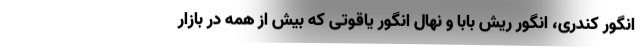
انگور کندری، انگور ریش بابا و نهال انگور یاقوتی که بیش از همه در بازار